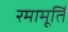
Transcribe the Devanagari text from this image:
रमामूर्ति